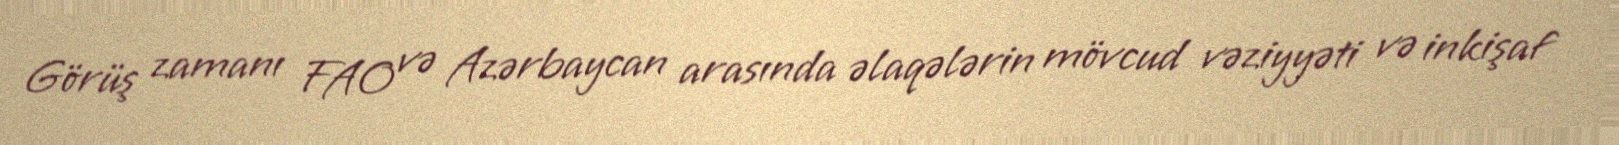
Görüş zamanı FAO və Azərbaycan arasında əlaqələrin mövcud vəziyyəti və inkişaf